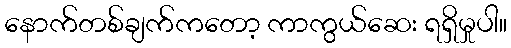
နောက်တစ်ချက်ကတော့ ကာကွယ်ဆေး ရရှိမှုပါ။